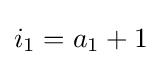
i_{1}=a_{1}+1